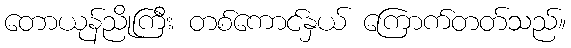
တောယုန်ညိုကြီး တစ်ကောင်နှယ် ကြောက်တတ်သည်။